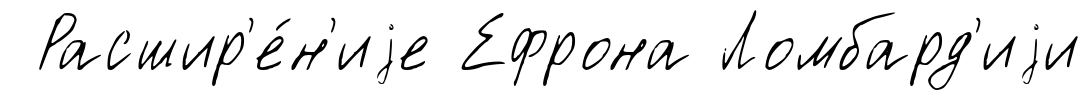
Расшир'е́н'иjе Ефрона Ломбард'иjи